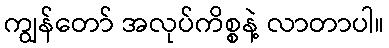
ကျွန်တော် အလုပ်ကိစ္စနဲ့ လာတာပါ။